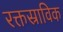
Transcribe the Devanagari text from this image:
रक्तस्राविक